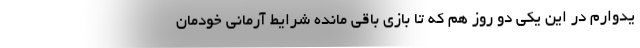
یدوارم در این یکی دو روز هم که تا بازی باقی مانده شرایط آرمانی خودمان